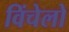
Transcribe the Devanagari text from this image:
विंचेलो